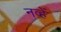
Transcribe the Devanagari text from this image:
नव्हें